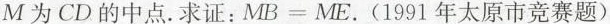
M为CD的中点. 求证：$$MB=ME$$. (1991年太原市竞赛题)